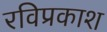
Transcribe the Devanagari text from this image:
रविप्रकाश